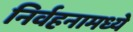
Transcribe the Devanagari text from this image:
निर्वहनामध्ये